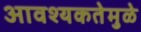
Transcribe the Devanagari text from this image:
आवश्यकतेमुळे